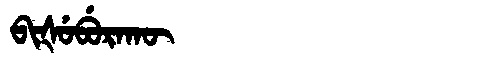
Manchu: ᠪᡳᡧᡠᠪᡠᡵᠠᡴᡡ
Romanization: BIŠUBURAKŪ